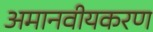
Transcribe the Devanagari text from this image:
अमानवीयकरण